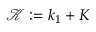
\mathcal { K } \mathrel { \mathop : } = k _ { 1 } + K